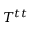
T ^ { t t }